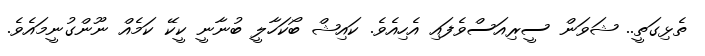
ތެޅިގަތީ.. ޝަވަން ސީރިއަސްވެފައި އެހިއެވެ. ކައިޝް ބޯކަހާލީ ބުނާނީ ކީކޭ ކަމެއް ނޫންގުނީމައެވެ.